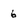
Character: 6